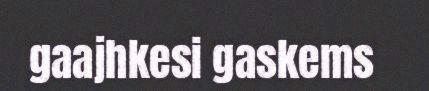
gaajhkesi gaskems